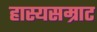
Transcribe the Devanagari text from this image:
हास्यसम्राट